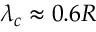
\lambda _ { c } \approx 0 . 6 R